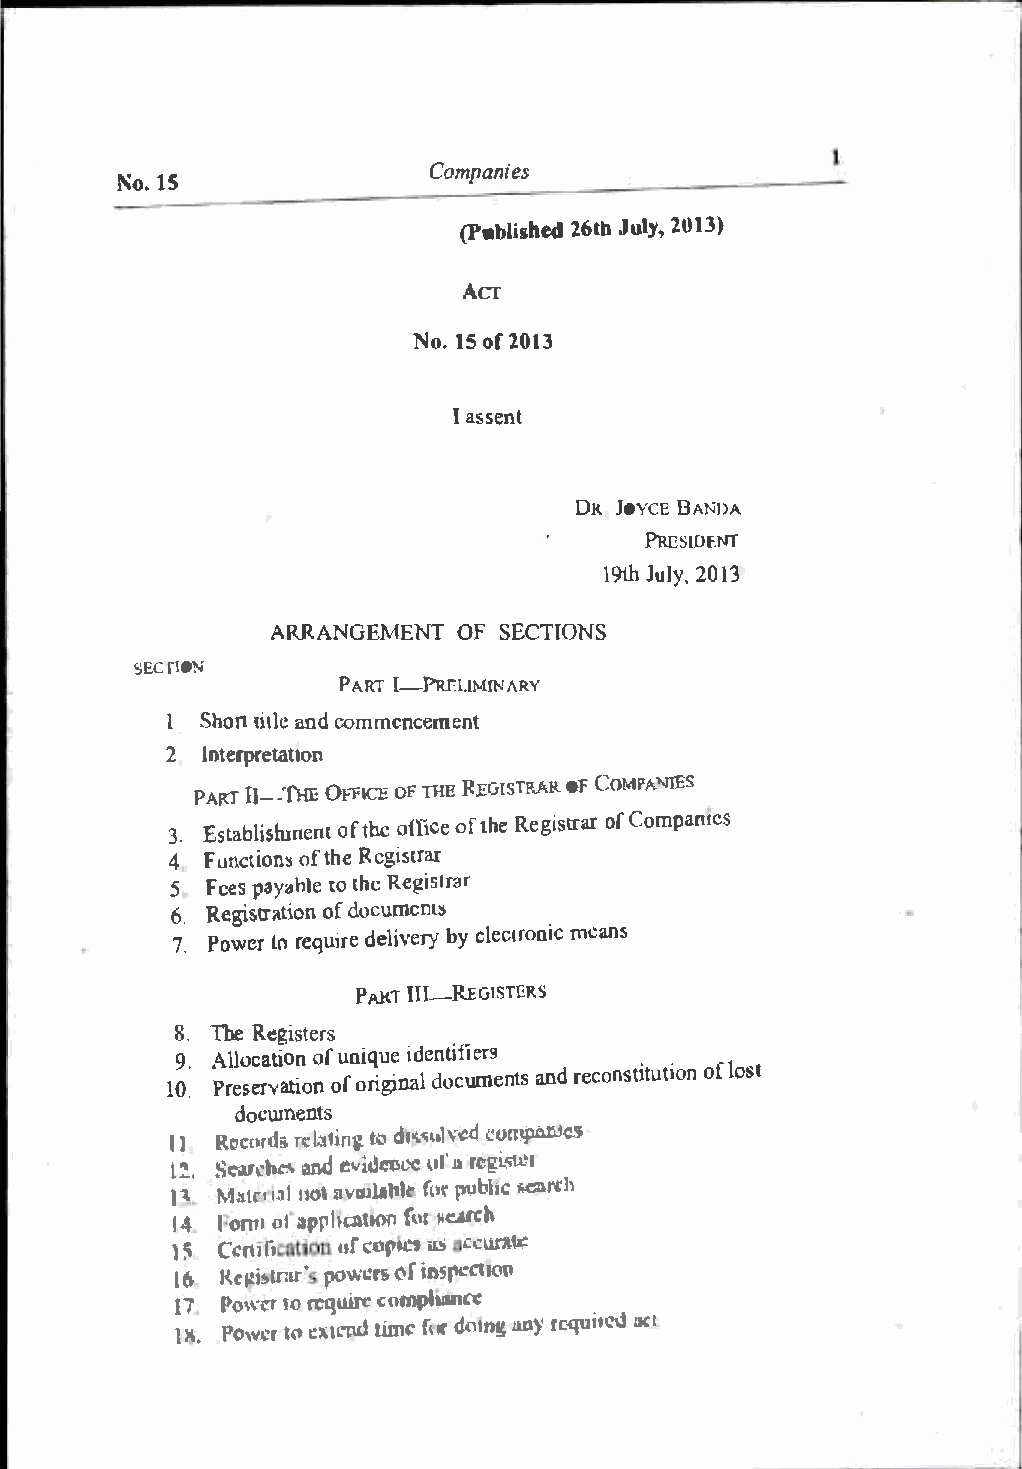
Companies
 No.l5
 (Publish2e6dlJ bu l2y0,1 3)
 Acr
 No.1 5o f2 013
 Ia ssent
 DR JOYCDEA NDA
 PRESIOFJ'-rT
 19th Jul2y0,1 3
 ARRANGEMENTO  F SECTIONS
 SECflON
 PART 1-J>Rr:l.!MrNARY
 l Shortt itanlde c ommencement
 2 lnterpretatlon
 PART
 11--THEOF FIOCEF TH ER EGISTORAFR COMPA"llES
 3.E st ablislouftn ehnoetf fiocfte h eR egistroafCr o mpantcs
 4  Functioofnh e::stR egistrar
 5
 6
 .F R e eeps gia y s<�h tr otl fo date oh teR ce uig moi es n nl tr a :>r
 7. PoweLro r equiderileve ry bye lectrmoenaincs
 PAI:C. T
 Ill-REGISTERS
 8. The Registers
 19 0. .A
 P
 l rel so ec rao vtf oaiu fto on
 i
 rin oiq ni giu d ne de
 a
 on lct i uf mi eane ndr
 t
 rs
 s e
 constoiftluotsito n
 docwnents
 ll R� ctm:!r.�.:lo ti tofl Jl!a �o;\•]v'!.!d (!QIIlJl'lll!C.'i
 I! . ��"rd� aruJ c.. .i clcut:e JJ urlc'g isre1
 I� MAL1t1 11 11 unl v aJlal1kr o()Uv bbJo.tmcrc h
 14 l(l ntla l.t pphcltmfn '-'' �I:Mi:b
 l  .1\C c.-tJii..n lntlt1 1�"'ar� e�ru ccw'ale
 l6 1\e�htrnr'pq >1.ci'Eo fi m�ctlOD
 17 Po\o.t-croreq uire c:ampl�11
 1X ,
 flfiWI:tJoc: �lClid tim�r tdnttrH g :m)' tcqUt'fed ac:t